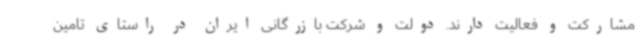
مشارکت و فعالیت دارند. دولت و شرکت بازرگانی ایران در راستای تامین